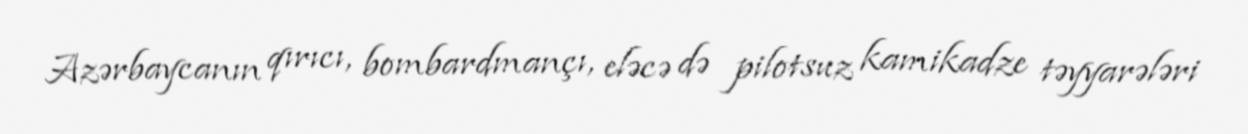
Azərbaycanın qırıcı, bombardmançı, eləcə də pilotsuz kamikadze təyyarələri